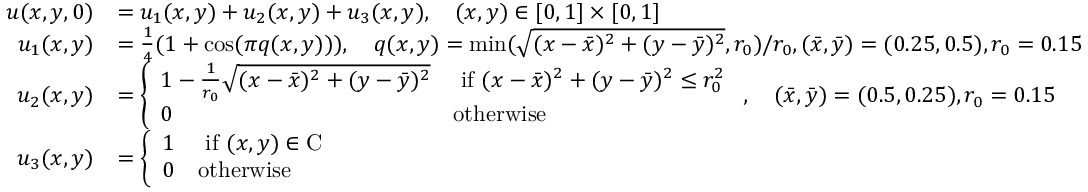
\begin{array} { r l } { u ( x , y , 0 ) } & { = u _ { 1 } ( x , y ) + u _ { 2 } ( x , y ) + u _ { 3 } ( x , y ) , \quad ( x , y ) \in [ 0 , 1 ] \times [ 0 , 1 ] } \\ { u _ { 1 } ( x , y ) } & { = \frac { 1 } { 4 } ( 1 + \cos ( \pi q ( x , y ) ) ) , \quad q ( x , y ) = \operatorname* { m i n } ( \sqrt { ( x - \bar { x } ) ^ { 2 } + ( y - \bar { y } ) ^ { 2 } } , r _ { 0 } ) / r _ { 0 } , { ( \bar { x } , \bar { y } ) } = ( 0 . 2 5 , 0 . 5 ) , r _ { 0 } = 0 . 1 5 } \\ { u _ { 2 } ( x , y ) } & { = \left\{ \begin{array} { l l } { 1 - \frac { 1 } { r _ { 0 } } \sqrt { ( x - \bar { x } ) ^ { 2 } + ( y - \bar { y } ) ^ { 2 } } } & { \mathrm { ~ i f ~ } ( x - \bar { x } ) ^ { 2 } + ( y - \bar { y } ) ^ { 2 } \le r _ { 0 } ^ { 2 } } \\ { 0 } & { \mathrm { o t h e r w i s e } } \end{array} \right. , \quad { ( \bar { x } , \bar { y } ) } = ( 0 . 5 , 0 . 2 5 ) , r _ { 0 } = 0 . 1 5 } \\ { u _ { 3 } ( x , y ) } & { = \left\{ \begin{array} { l l } { 1 } & { \mathrm { ~ i f ~ } ( x , y ) \in \mathrm { C } } \\ { 0 } & { \mathrm { o t h e r w i s e } } \end{array} \right. } \end{array}